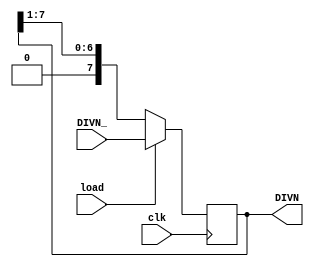
module RegR8(load, clk, DIVN_, DIVN);
input load,clk;
input [7:0]DIVN_;
output reg[7:0]DIVN;
wire [7:0]d;

always@(negedge clk)
  DIVN<=(load)?DIVN_:{1'b0,DIVN[7:1]}; 
  
endmodule